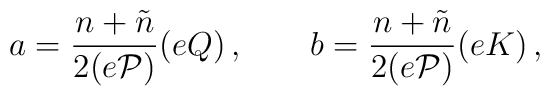
a =\frac{n+\tilde{n}}{2(e\cal{P})}(eQ) \,,~~~~~~b =    \frac{n+\tilde{n}}{2(e\cal{P})}(eK) \,,